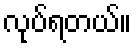
လုပ်ရတယ်။